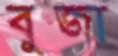
বুজা